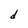
Character: d